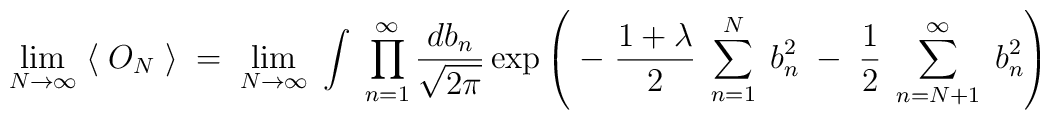
\lim_{N\rightarrow \infty} \; \langle \; O_N \; \rangle \; = \;\lim_{N\rightarrow \infty} \;\int \; \prod_{n=1}^\infty \frac{db_n}{\sqrt{2\pi}}\exp \left( \; - \; \frac{1+ \lambda}{2} \;\sum_{n=1}^N \; b_n^2  \; - \;\frac{1}{2} \;\sum_{n=N+1}^\infty \; b_n^2 \right)